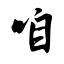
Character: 咱